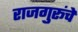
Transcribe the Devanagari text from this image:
राजगुरूंचे